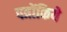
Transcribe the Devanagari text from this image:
पत्रोंकिये